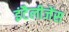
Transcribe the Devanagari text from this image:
इंटैलीजेंस